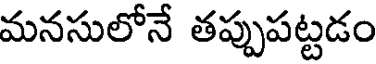
మనసులోనే తప్పుపట్టడం